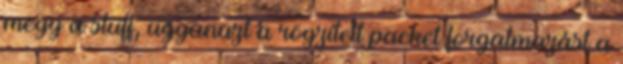
megy a stuff, ugyanazt a rögzített packet forgalmazást a